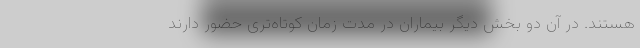
هستند. در آن دو بخش دیگر بیماران در مدت زمان کوتاه‌تری حضور دارند